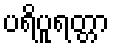
ပရိပူရတ္တာ